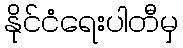
နိုင်ငံရေးပါတီမှ